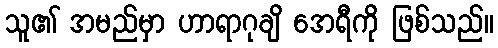
သူ၏ အမည်မှာ ဟာရာဂုချိ အေရီကို ဖြစ်သည်။